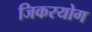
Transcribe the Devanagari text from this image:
जिकरयोग